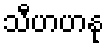
သီဟဟနု